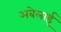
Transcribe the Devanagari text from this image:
अबेलाई